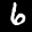
Label: 6